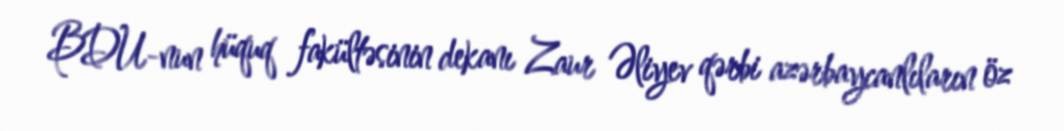
BDU-nun hüquq fakültəsinin dekanı Zaur Əliyev qərbi azərbaycanlıların öz